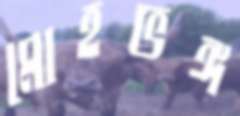
মোহভঙ্গ